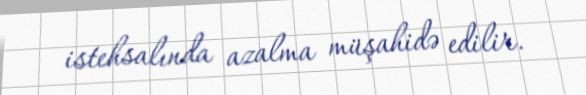
istehsalında azalma müşahidə edilir.